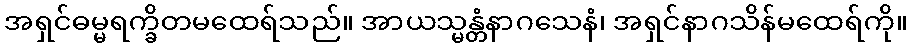
အရှင်ဓမ္မရက္ခိတမထေရ်သည်။ အာယသ္မန္တံနာဂသေနံ၊ အရှင်နာဂသိန်မထေရ်ကို။